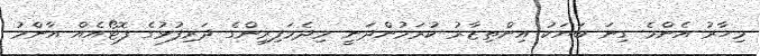
މިހާރު އެންމެ ގިނަ ބަޔަކު އިންތިޒާރު ކުރަމުންދަނީ މިދެމަފިރިންގެ ދަރިފުޅުގެ ފޮޓޯއެއް އާންމު